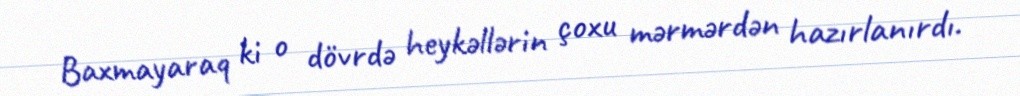
Baxmayaraq ki o dövrdə heykəllərin çoxu mərmərdən hazırlanırdı.